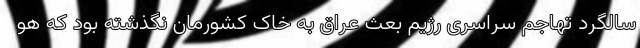
سالگرد تهاجم سراسری رژیم بعث عراق به خاک کشورمان نگذشته بود که هو